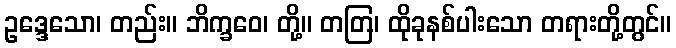
ဥဒ္ဒေသော၊ တည်း။ ဘိက္ခဝေ၊ တို့။ တတြ၊ ထိုခုနစ်ပါးသော တရားတို့တွင်။